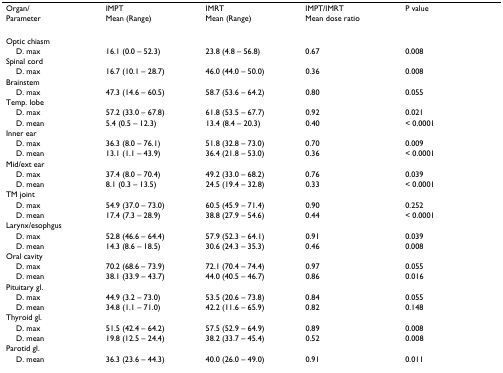
<table><thead><tr><td><b>Organ/</b></td><td><b>IMPT</b></td><td><b>IMRT</b></td><td><b>IMPT/IMRT</b></td><td><b>P value</b></td></tr><tr><td><b>Parameter</b></td><td><b>Mean (Range)</b></td><td><b>Mean (Range)</b></td><td><b>Mean dose ratio</b></td><td></td></tr></thead><tbody><tr><td>Optic chiasm</td><td></td><td></td><td></td><td></td></tr><tr><td> D. max</td><td>16.1 (0.0 – 52.3)</td><td>23.8 (4.8 – 56.8)</td><td>0.67</td><td>0.008</td></tr><tr><td>Spinal cord</td><td></td><td></td><td></td><td></td></tr><tr><td> D. max</td><td>16.7 (10.1 – 28.7)</td><td>46.0 (44.0 – 50.0)</td><td>0.36</td><td>0.008</td></tr><tr><td>Brainstem</td><td></td><td></td><td></td><td></td></tr><tr><td> D. max</td><td>47.3 (14.6 – 60.5)</td><td>58.7 (53.6 – 64.2)</td><td>0.80</td><td>0.055</td></tr><tr><td>Temp. lobe</td><td></td><td></td><td></td><td></td></tr><tr><td> D. max</td><td>57.2 (33.0 – 67.8)</td><td>61.8 (53.5 – 67.7)</td><td>0.92</td><td>0.021</td></tr><tr><td> D. mean</td><td>5.4 (0.5 – 12.3)</td><td>13.4 (8.4 – 20.3)</td><td>0.40</td><td>&lt; 0.0001</td></tr><tr><td>Inner ear</td><td></td><td></td><td></td><td></td></tr><tr><td> D. max</td><td>36.3 (8.0 – 76.1)</td><td>51.8 (32.8 – 73.0)</td><td>0.70</td><td>0.009</td></tr><tr><td> D. mean</td><td>13.1 (1.1 – 43.9)</td><td>36.4 (21.8 – 53.0)</td><td>0.36</td><td>&lt; 0.0001</td></tr><tr><td>Mid/ext ear</td><td></td><td></td><td></td><td></td></tr><tr><td> D. max</td><td>37.4 (8.0 – 70.4)</td><td>49.2 (33.0 – 68.2)</td><td>0.76</td><td>0.039</td></tr><tr><td> D. mean</td><td>8.1 (0.3 – 13.5)</td><td>24.5 (19.4 – 32.8)</td><td>0.33</td><td>&lt; 0.0001</td></tr><tr><td>TM joint</td><td></td><td></td><td></td><td></td></tr><tr><td> D. max</td><td>54.9 (37.0 – 73.0)</td><td>60.5 (45.9 – 71.4)</td><td>0.90</td><td>0.252</td></tr><tr><td> D. mean</td><td>17.4 (7.3 – 28.9)</td><td>38.8 (27.9 – 54.6)</td><td>0.44</td><td>&lt; 0.0001</td></tr><tr><td>Larynx/esophgus</td><td></td><td></td><td></td><td></td></tr><tr><td> D. max</td><td>52.8 (46.6 – 64.4)</td><td>57.9 (52.3 – 64.1)</td><td>0.91</td><td>0.039</td></tr><tr><td> D. mean</td><td>14.3 (8.6 – 18.5)</td><td>30.6 (24.3 – 35.3)</td><td>0.46</td><td>0.008</td></tr><tr><td>Oral cavity</td><td></td><td></td><td></td><td></td></tr><tr><td> D. max</td><td>70.2 (68.6 – 73.9)</td><td>72.1 (70.4 – 74.4)</td><td>0.97</td><td>0.055</td></tr><tr><td> D. mean</td><td>38.1 (33.9 – 43.7)</td><td>44.0 (40.5 – 46.7)</td><td>0.86</td><td>0.016</td></tr><tr><td>Pituitary gl.</td><td></td><td></td><td></td><td></td></tr><tr><td> D. max</td><td>44.9 (3.2 – 73.0)</td><td>53.5 (20.6 – 73.8)</td><td>0.84</td><td>0.055</td></tr><tr><td> D. mean</td><td>34.8 (1.1 – 71.0)</td><td>42.2 (11.6 – 65.9)</td><td>0.82</td><td>0.148</td></tr><tr><td>Thyroid gl.</td><td></td><td></td><td></td><td></td></tr><tr><td> D. max</td><td>51.5 (42.4 – 64.2)</td><td>57.5 (52.9 – 64.9)</td><td>0.89</td><td>0.008</td></tr><tr><td> D. mean</td><td>19.8 (12.5 – 24.4)</td><td>38.2 (33.7 – 45.4)</td><td>0.52</td><td>0.008</td></tr><tr><td>Parotid gl.</td><td></td><td></td><td></td><td></td></tr><tr><td> D. mean</td><td>36.3 (23.6 – 44.3)</td><td>40.0 (26.0 – 49.0)</td><td>0.91</td><td>0.011</td></tr></tbody></table>